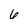
Character: 6